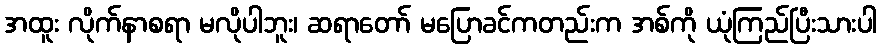
အထူး လိုက်နာစရာ မလိုပါဘူး၊ ဆရာတော် မပြောခင်ကတည်းက အစ်ကို ယုံကြည်ပြီးသားပါ